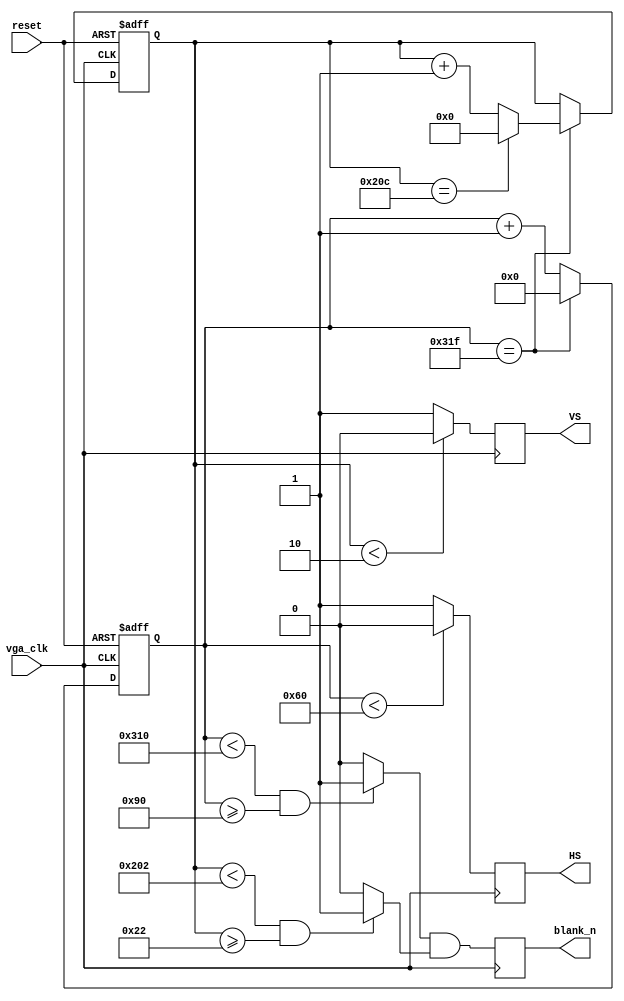
module video_sync_generator(reset,
                            vga_clk,
                            blank_n,
                            HS,
                            VS);
                            
input reset;
input vga_clk;
output reg blank_n;
output reg HS;
output reg VS;
///////////////////
/*
--VGA Timing
--Horizontal :
--                ______________                 _____________
--               |              |               |
--_______________|  VIDEO       |_______________|  VIDEO (next line)

--___________   _____________________   ______________________
--           |_|                     |_|
--            B <-C-><----D----><-E->
--           <------------A--------->
--The Unit used below are pixels;  
--  B->Sync_cycle                   :H_sync_cycle
--  C->Back_porch                   :hori_back
--  D->Visable Area
--  E->Front porch                  :hori_front
--  A->horizontal line total length :hori_line
--Vertical :
--               ______________                 _____________
--              |              |               |          
--______________|  VIDEO       |_______________|  VIDEO (next frame)
--
--__________   _____________________   ______________________
--          |_|                     |_|
--           P <-Q-><----R----><-S->
--          <-----------O---------->
--The Unit used below are horizontal lines;  
--  P->Sync_cycle                   :V_sync_cycle
--  Q->Back_porch                   :vert_back
--  R->Visable Area
--  S->Front porch                  :vert_front
--  O->vertical line total length :vert_line
*////////////////////////////////////////////
////////////////////////                          
//parameter
parameter hori_line  = 800;                           
parameter hori_back  = 144;
parameter hori_front = 16;
parameter vert_line  = 525;
parameter vert_back  = 34;
parameter vert_front = 11;
parameter H_sync_cycle = 96;
parameter V_sync_cycle = 2;

//////////////////////////
reg [10:0] h_cnt;
reg [9:0]  v_cnt;
wire cHD,cVD,cDEN,hori_valid,vert_valid;
///////
always@(negedge vga_clk,posedge reset)
begin
  if (reset)
  begin
     h_cnt<=11'd0;
     v_cnt<=10'd0;
  end
    else
    begin
      if (h_cnt==hori_line-1)
      begin 
         h_cnt<=11'd0;
         if (v_cnt==vert_line-1)
            v_cnt<=10'd0;
         else
            v_cnt<=v_cnt+1;
      end
      else
         h_cnt<=h_cnt+1;
    end
end
/////
assign cHD = (h_cnt<H_sync_cycle)?1'b0:1'b1;
assign cVD = (v_cnt<V_sync_cycle)?1'b0:1'b1;

assign hori_valid = (h_cnt<(hori_line-hori_front)&& h_cnt>=hori_back)?1'b1:1'b0;
assign vert_valid = (v_cnt<(vert_line-vert_front)&& v_cnt>=vert_back)?1'b1:1'b0;

assign cDEN = hori_valid && vert_valid;

always@(negedge vga_clk)
begin
  HS<=cHD;
  VS<=cVD;
  blank_n<=cDEN;
end

endmodule